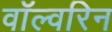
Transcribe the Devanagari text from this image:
वॉल्वरिन